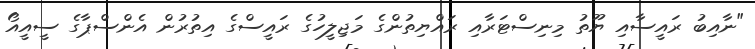
"ނާއިބު ރައީސާއި ޔޫތު މިނިސްޓަރާއި ރައްޔިތުންގެ މަޖިލީހުގެ ރައީސްގެ އިތުރުން އެންސްޕާގެ ސީއީއޯ